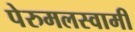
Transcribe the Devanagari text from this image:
पेरुमलस्वामी